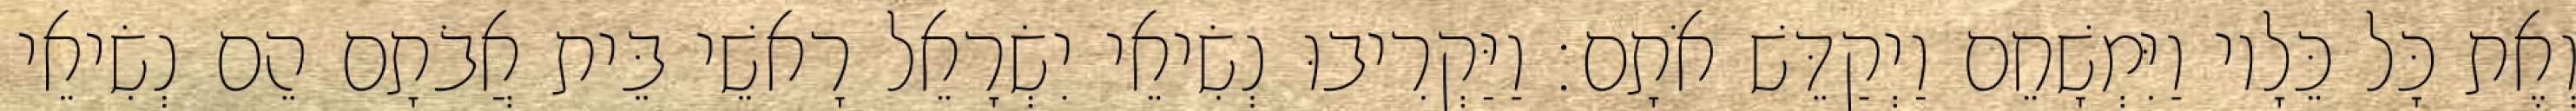
וְאֶת כָּל כֵּלָיו וַיִּמְשָׁחֵם וַיְקַדֵּשׁ אֹתָם׃ וַיַּקְרִיבוּ נְשִׂיאֵי יִשְׂרָאֵל רָאשֵׁי בֵּית אֲבֹתָם הֵם נְשִׂיאֵי